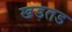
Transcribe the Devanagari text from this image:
खडतड